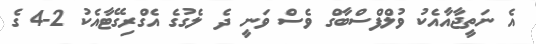
އެ ނަތީޖާއާއެކު ވުލްފްސްބާގް ވެސް ވަނީ ދެ ލެގުގެ އެގްރިގޭޓާއެކު 2-4 ގެ